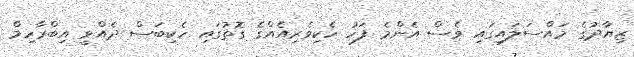
ޒިޔާދުގެ މައްސަލައިގައި ވެސް އެންމެ ފަހު ހެކިވެރިއެއްގެ ގޮތުގައި ހެކިބަސް ދެއްވީ އިބްރާހިމް